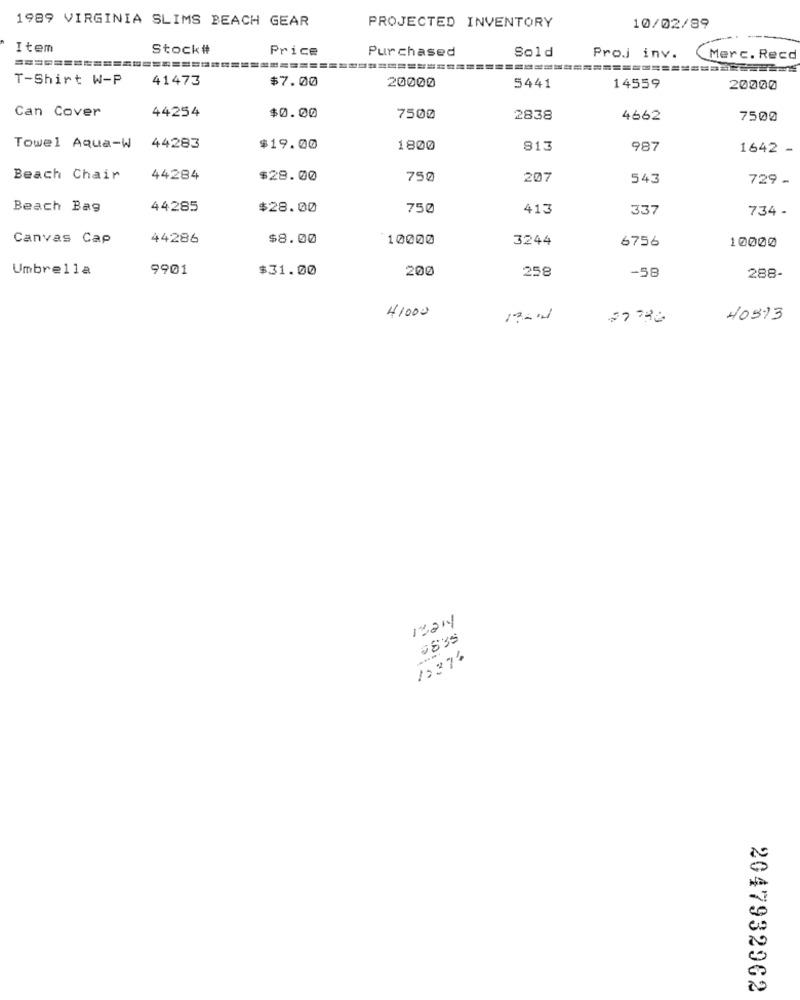
1989 VIRGINIA SLIMS BEACH GEAR
PROJECTED INVENTORY
10/02/89
Item
Stock#
Price
Purchased
Sold
Proj inv.
Merc. Recd
T-Shirt W-P
41473
$7.00
5441
20000
14559
20000
Can Cover
44254
$0.00
7500
2838
4662
7500
Towel Aqua-W
44283
$19.00
1800
813
987
1642 -
Beach Chair
44284
$28.00
750
207
543
729 -
Beach Bag
44285
$28.00
750
413
337
734 -
Canvas Cap
44286
$8.00
10000
3244
10000
6756
Umbrella
9901
$31.00
200
258
-58
288-
41000
40993
12214
0835
/2374
2047932962